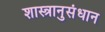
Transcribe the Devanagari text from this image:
शास्त्रानुसंधान